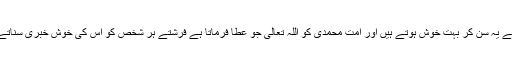
فرشتے یہ سن کر بہت خوش ہوتے ہیں اور اُمتِ محمدی کو اللہ تعالیٰ جو عطا فرماتا ہے فرشتے ہر شخص کو اس کی خوش خبری سناتے ہیں۔